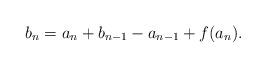
LaTeX: \begin{align*}b_n &= a_n + b_{n-1}-a_{n-1}+f(a_n).\end{align*}